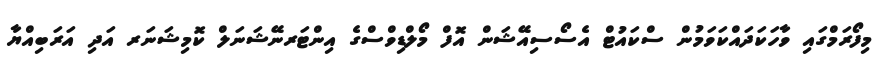
މިފޯރަމްގައި ވާހަކަދައްކަވަމުން ސްކައުޓް އެސޯސިއޭޝަން އޮފް މޯލްޑިވްސްގެ އިންޓަރނޭޝަނަލް ކޮމިޝަނަރ އަދި އަރަބިއްޔާ